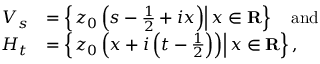
{ \begin{array} { r l } { V _ { s } } & { = \left\{ \left. z _ { 0 } \left( s - { \frac { 1 } { 2 } } + i x \right) \right\vert x \in \mathbf { R } \right\} \quad { \mathrm { a n d } } } \\ { H _ { t } } & { = \left\{ \left. z _ { 0 } \left( x + i \left( t - { \frac { 1 } { 2 } } \right) \right) \right\vert x \in \mathbf { R } \right\} , } \end{array} }